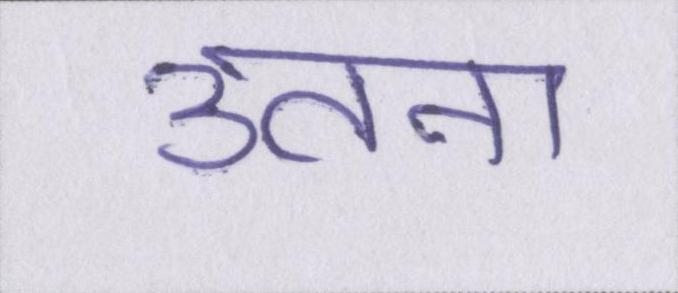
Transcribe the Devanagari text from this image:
उतना